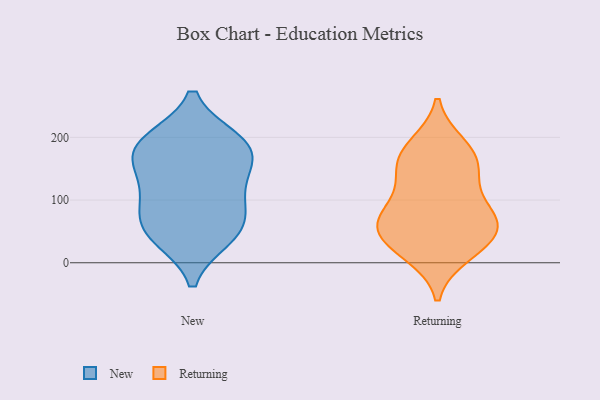
{"axis": {"x": "Production Output", "y": "Value"}, "legend": ["New", "Returning"], "data": [{"x": "", "y": 124, "type": "New"}, {"x": "", "y": 171, "type": "New"}, {"x": "", "y": 156, "type": "New"}, {"x": "", "y": 194, "type": "New"}, {"x": "", "y": 105, "type": "New"}, {"x": "", "y": 80, "type": "New"}, {"x": "", "y": 190, "type": "New"}, {"x": "", "y": 188, "type": "New"}, {"x": "", "y": 47, "type": "New"}, {"x": "", "y": 41, "type": "New"}, {"x": "", "y": 56, "type": "New"}, {"x": "", "y": 85, "type": "Returning"}, {"x": "", "y": 31, "type": "Returning"}, {"x": "", "y": 166, "type": "Returning"}, {"x": "", "y": 69, "type": "Returning"}, {"x": "", "y": 133, "type": "Returning"}, {"x": "", "y": 63, "type": "Returning"}, {"x": "", "y": 64, "type": "Returning"}, {"x": "", "y": 63, "type": "Returning"}, {"x": "", "y": 15, "type": "Returning"}, {"x": "", "y": 141, "type": "Returning"}, {"x": "", "y": 186, "type": "Returning"}, {"x": "", "y": 28, "type": "Returning"}, {"x": "", "y": 175, "type": "Returning"}]}